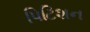
પિટિશન